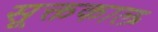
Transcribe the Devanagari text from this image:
सूक्तकाल